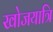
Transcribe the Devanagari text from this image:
खोजयात्रि